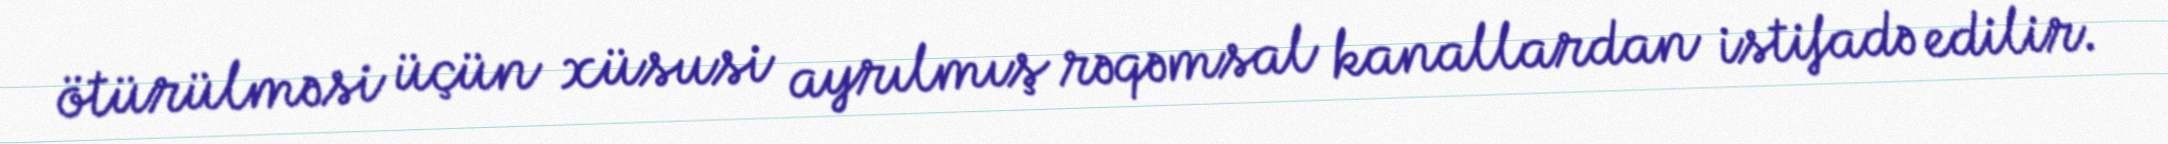
ötürülməsi üçün xüsusi ayrılmış rəqəmsal kanallardan istifadə edilir.